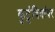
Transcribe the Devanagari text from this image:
कुटुंबियांवर